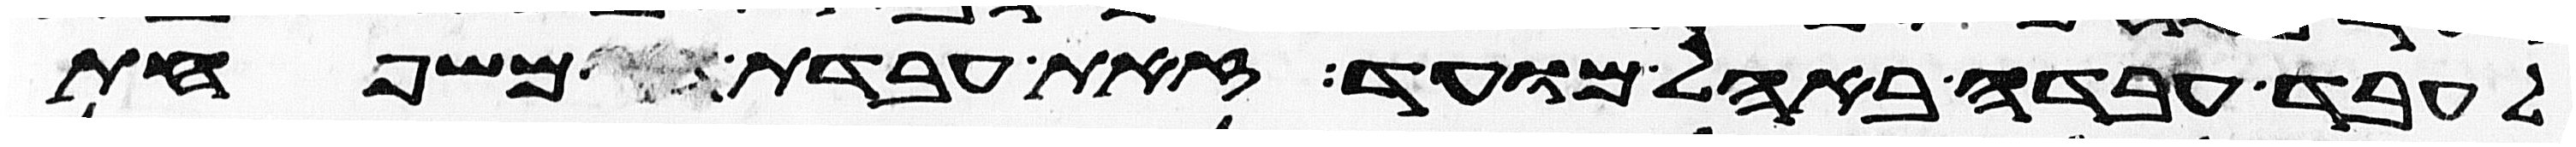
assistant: לעבד עבדה באהל מועד זאת עבדת משפחת